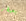
يسيطر